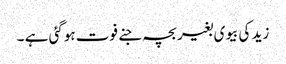
زید کی بیوی بغیر بچہ جنے فوت ہوگئی ہے ۔